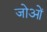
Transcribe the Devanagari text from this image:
जोओं